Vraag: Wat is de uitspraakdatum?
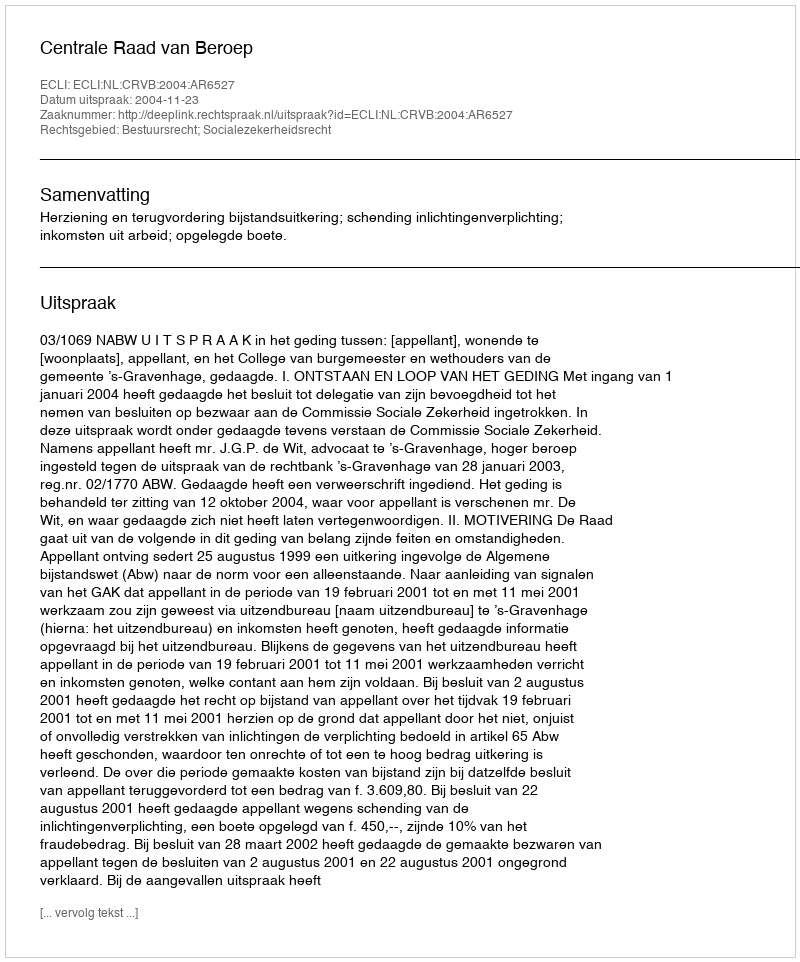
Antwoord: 2004-11-23